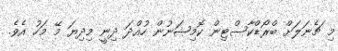
މި ޗެނަލަށް ބްރޯޑްކާސްޓިން ކޮމިޝަނުން ހުއްދަ ދިނީ މިދިޔަ މޭ މަހު އެވެ.